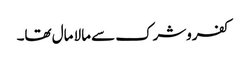
کفروشرک سے مالا مال تھا۔